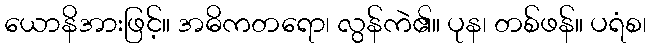
ယောနိအားဖြင့်။ အဓိကတရော၊ လွန်ကဲ၏။ ပုန၊ တစ်ဖန်။ ပရံစ၊